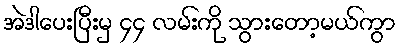
အဲဒါပေးပြီးမှ ၄၄ လမ်းကို သွားတော့မယ်ကွာ